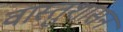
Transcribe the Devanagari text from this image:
वास्तुशासन